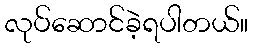
လုပ်ဆောင်ခဲ့ရပါတယ်။